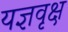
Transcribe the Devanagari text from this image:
यज्ञवृक्ष